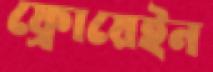
ফ্রোয়েইন